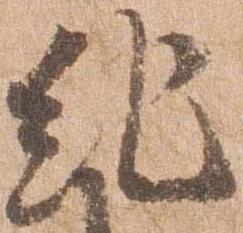
紀